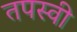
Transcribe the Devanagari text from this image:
तपस्‍वी